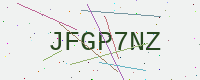
Text: JFGP7NZ